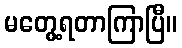
မတွေ့ရတာကြာပြီ။